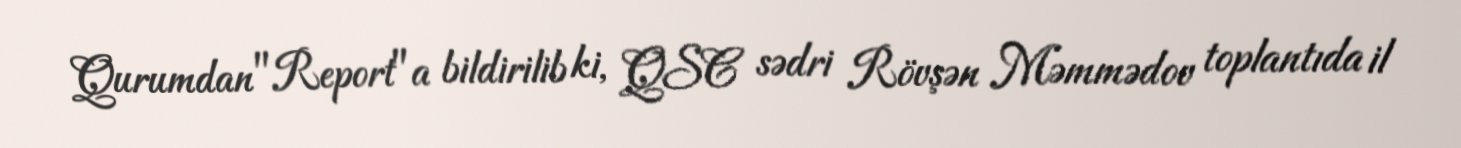
Qurumdan "Report"a bildirilib ki, QSC sədri Rövşən Məmmədov toplantıda il